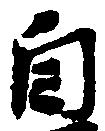
自